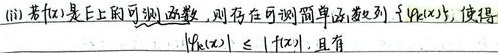
(iii) 若\(f(x)\)是\(E\)上的可测函数，则存在可测简单函数列\(\{\varphi_{k}(x)\}\)，使得
\[\vert\varphi_{k}(x)\vert\leqslant\vert f(x)\vert,\] 且有